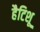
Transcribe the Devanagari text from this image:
हैटिशू